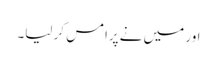
اور میں نے پرامس کر لیا۔